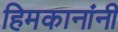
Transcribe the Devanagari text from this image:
हिमकानांनी